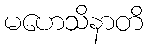
မဟေသိနာတိ